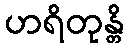
ဟရိတုန္တိ